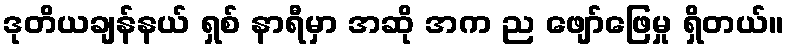
ဒုတိယချန်နယ် ရှစ် နာရီမှာ အဆို အက ည ဖျော်ဖြေမှု ရှိတယ်။